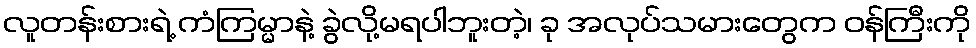
လူတန်းစားရဲ့ ကံကြမ္မာနဲ့ ခွဲလို့မရပါဘူးတဲ့၊ ခု အလုပ်သမားတွေက ဝန်ကြီးကို